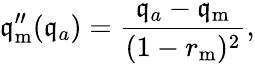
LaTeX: \mathfrak{q}_{\mathrm{{m}}}^{\prime\prime}(\mathfrak{q}_{a})=\frac{{\mathfrak{q}_{a}-\mathfrak{q}_{\mathrm{{m}}}}}{{(1-r_{\mathrm{{m}}})^{2}}},